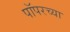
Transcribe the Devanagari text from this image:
पॉपरच्या